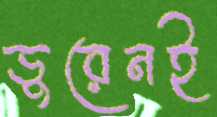
ডুরেনই